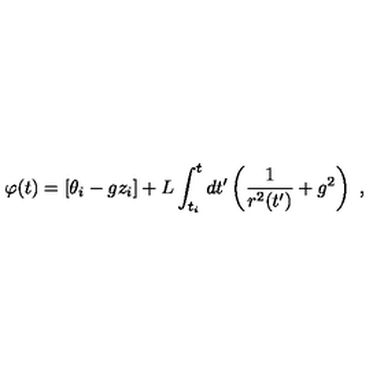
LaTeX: \varphi ( t ) = \left[ \theta _ { i } - g z _ { i } \right] + L \int _ { t _ { i } } ^ { t } d t ^ { \prime } \left( \frac { 1 } { r ^ { 2 } ( t ^ { \prime } ) } + g ^ { 2 } \right) \ ,